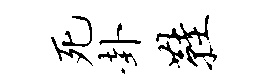
死卦鞋